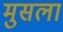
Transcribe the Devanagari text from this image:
मुसला